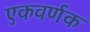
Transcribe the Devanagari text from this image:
एकवर्णक